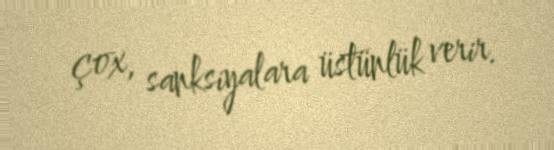
çox, sanksiyalara üstünlük verir.